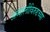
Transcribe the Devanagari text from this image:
अब्दालीविरुद्दच्या